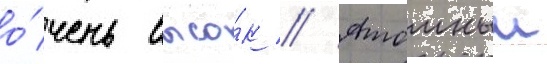
о́чень высо́к // Атомныи